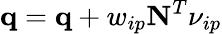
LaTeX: \mathbf{q}=\mathbf{q}+w_{ip}\mathbf{N}^{T}\nu_{ip}